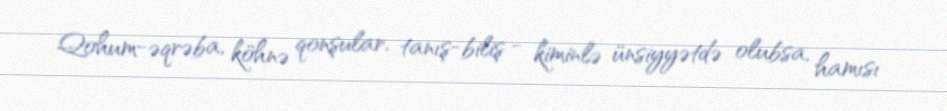
Qohum-əqrəba, köhnə qonşular, tanış-biliş - kiminlə ünsiyyətdə olubsa, hamısı